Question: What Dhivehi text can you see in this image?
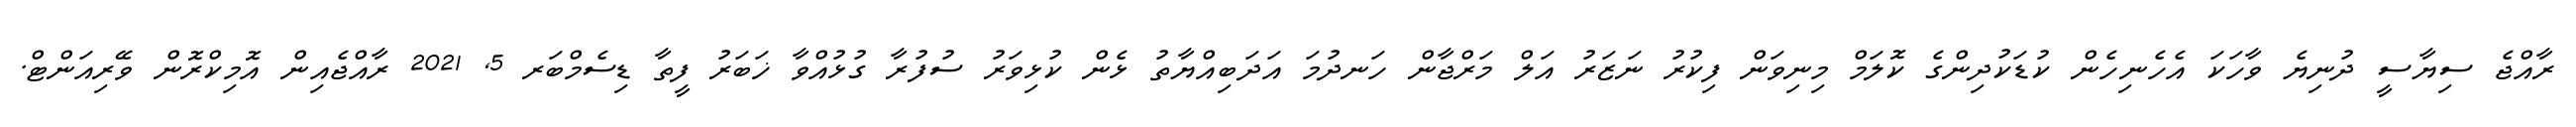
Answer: ރާއްޖެ ސިޔާސީ ދުނިޔެ ވާހަކަ އެހެނިހެން ކުޑަކުދިންގެ ކޮލަމް މިނިވަން ފިކުރު ނަޒަރު އަލް މަރްޖާން ހަނދުމަ އަދަބިއްޔާތު ޅެން ކުޅިވަރު ސުފުރާ ގުޅުއްވާ ޚަބަރު ފީތާ ޑިސެމްބަރ 5, 2021 ރާއްޖެއިން އޮމިކްރޮން ވޭރިއަންޓް.